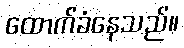
ထောက်ခံနေသည်။